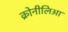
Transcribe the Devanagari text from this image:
क्रोनीलिआ